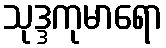
သုဒ္ဒကုမာရော